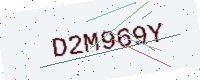
Text: D2M969Y